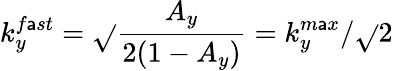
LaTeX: k_{y}^{f\mathsf{a}st}=\sqrt{}{{\frac{{A_{y}}}{{2(1-A_{y})}}}}=k_{y}^{m\mathsf{a}x}/\sqrt{}{{2}}